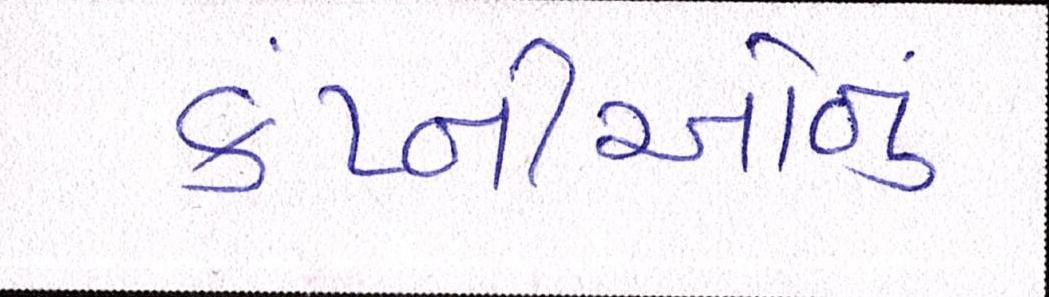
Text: કંપ્નીઓનું